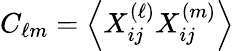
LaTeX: C_{\ell m}=\left\langle X_{ij}^{(\ell)}X_{ij}^{(m)}\right\rangle